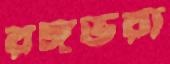
রঙ্গভরা